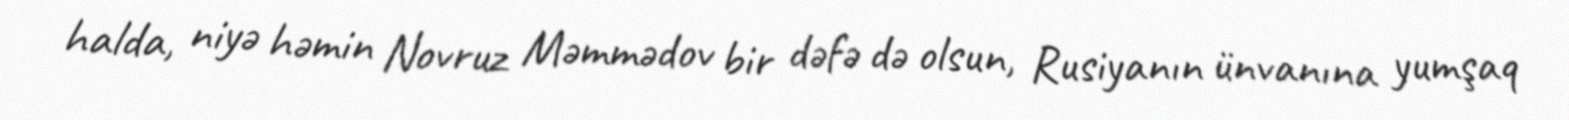
halda, niyə həmin Novruz Məmmədov bir dəfə də olsun, Rusiyanın ünvanına yumşaq